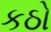
કઠો